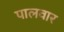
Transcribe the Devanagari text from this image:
पालवार